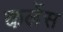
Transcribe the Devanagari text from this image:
कर्लेस